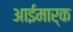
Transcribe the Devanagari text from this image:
आईमार्क